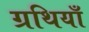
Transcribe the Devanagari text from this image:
ग्रथियाँ